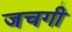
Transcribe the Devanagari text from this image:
जचगी